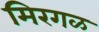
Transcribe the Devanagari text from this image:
मिरगळ